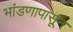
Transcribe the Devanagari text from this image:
भांडणापासून